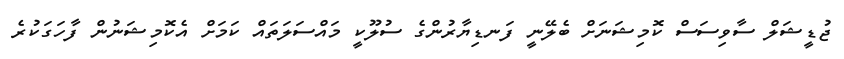
ޖުޑީޝަލް ސާވިސަސް ކޮމިޝަނަށް ބެލޭނީ ފަނޑިޔާރުންގެ ސުލޫކީ މައްސަލަތައް ކަމަށް އެކޮމިޝަނުން ފާހަގަކުރެ